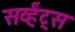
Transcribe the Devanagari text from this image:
सर्व्हंट्स